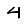
Digit: 4